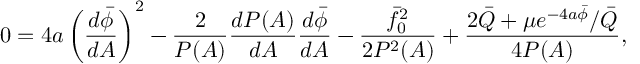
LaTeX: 0 = 4 a \left( \frac { d \bar { \phi } } { d A } \right) ^ { 2 } - \frac { 2 } { P ( A ) } \frac { d P ( A ) } { d A } \frac { d \bar { \phi } } { d A } - \frac { \bar { f } _ { 0 } ^ { 2 } } { 2 P ^ { 2 } ( A ) } + \frac { 2 \bar { Q } + \mu e ^ { - 4 a \bar { \phi } } / \bar { Q } } { 4 P ( A ) } ,